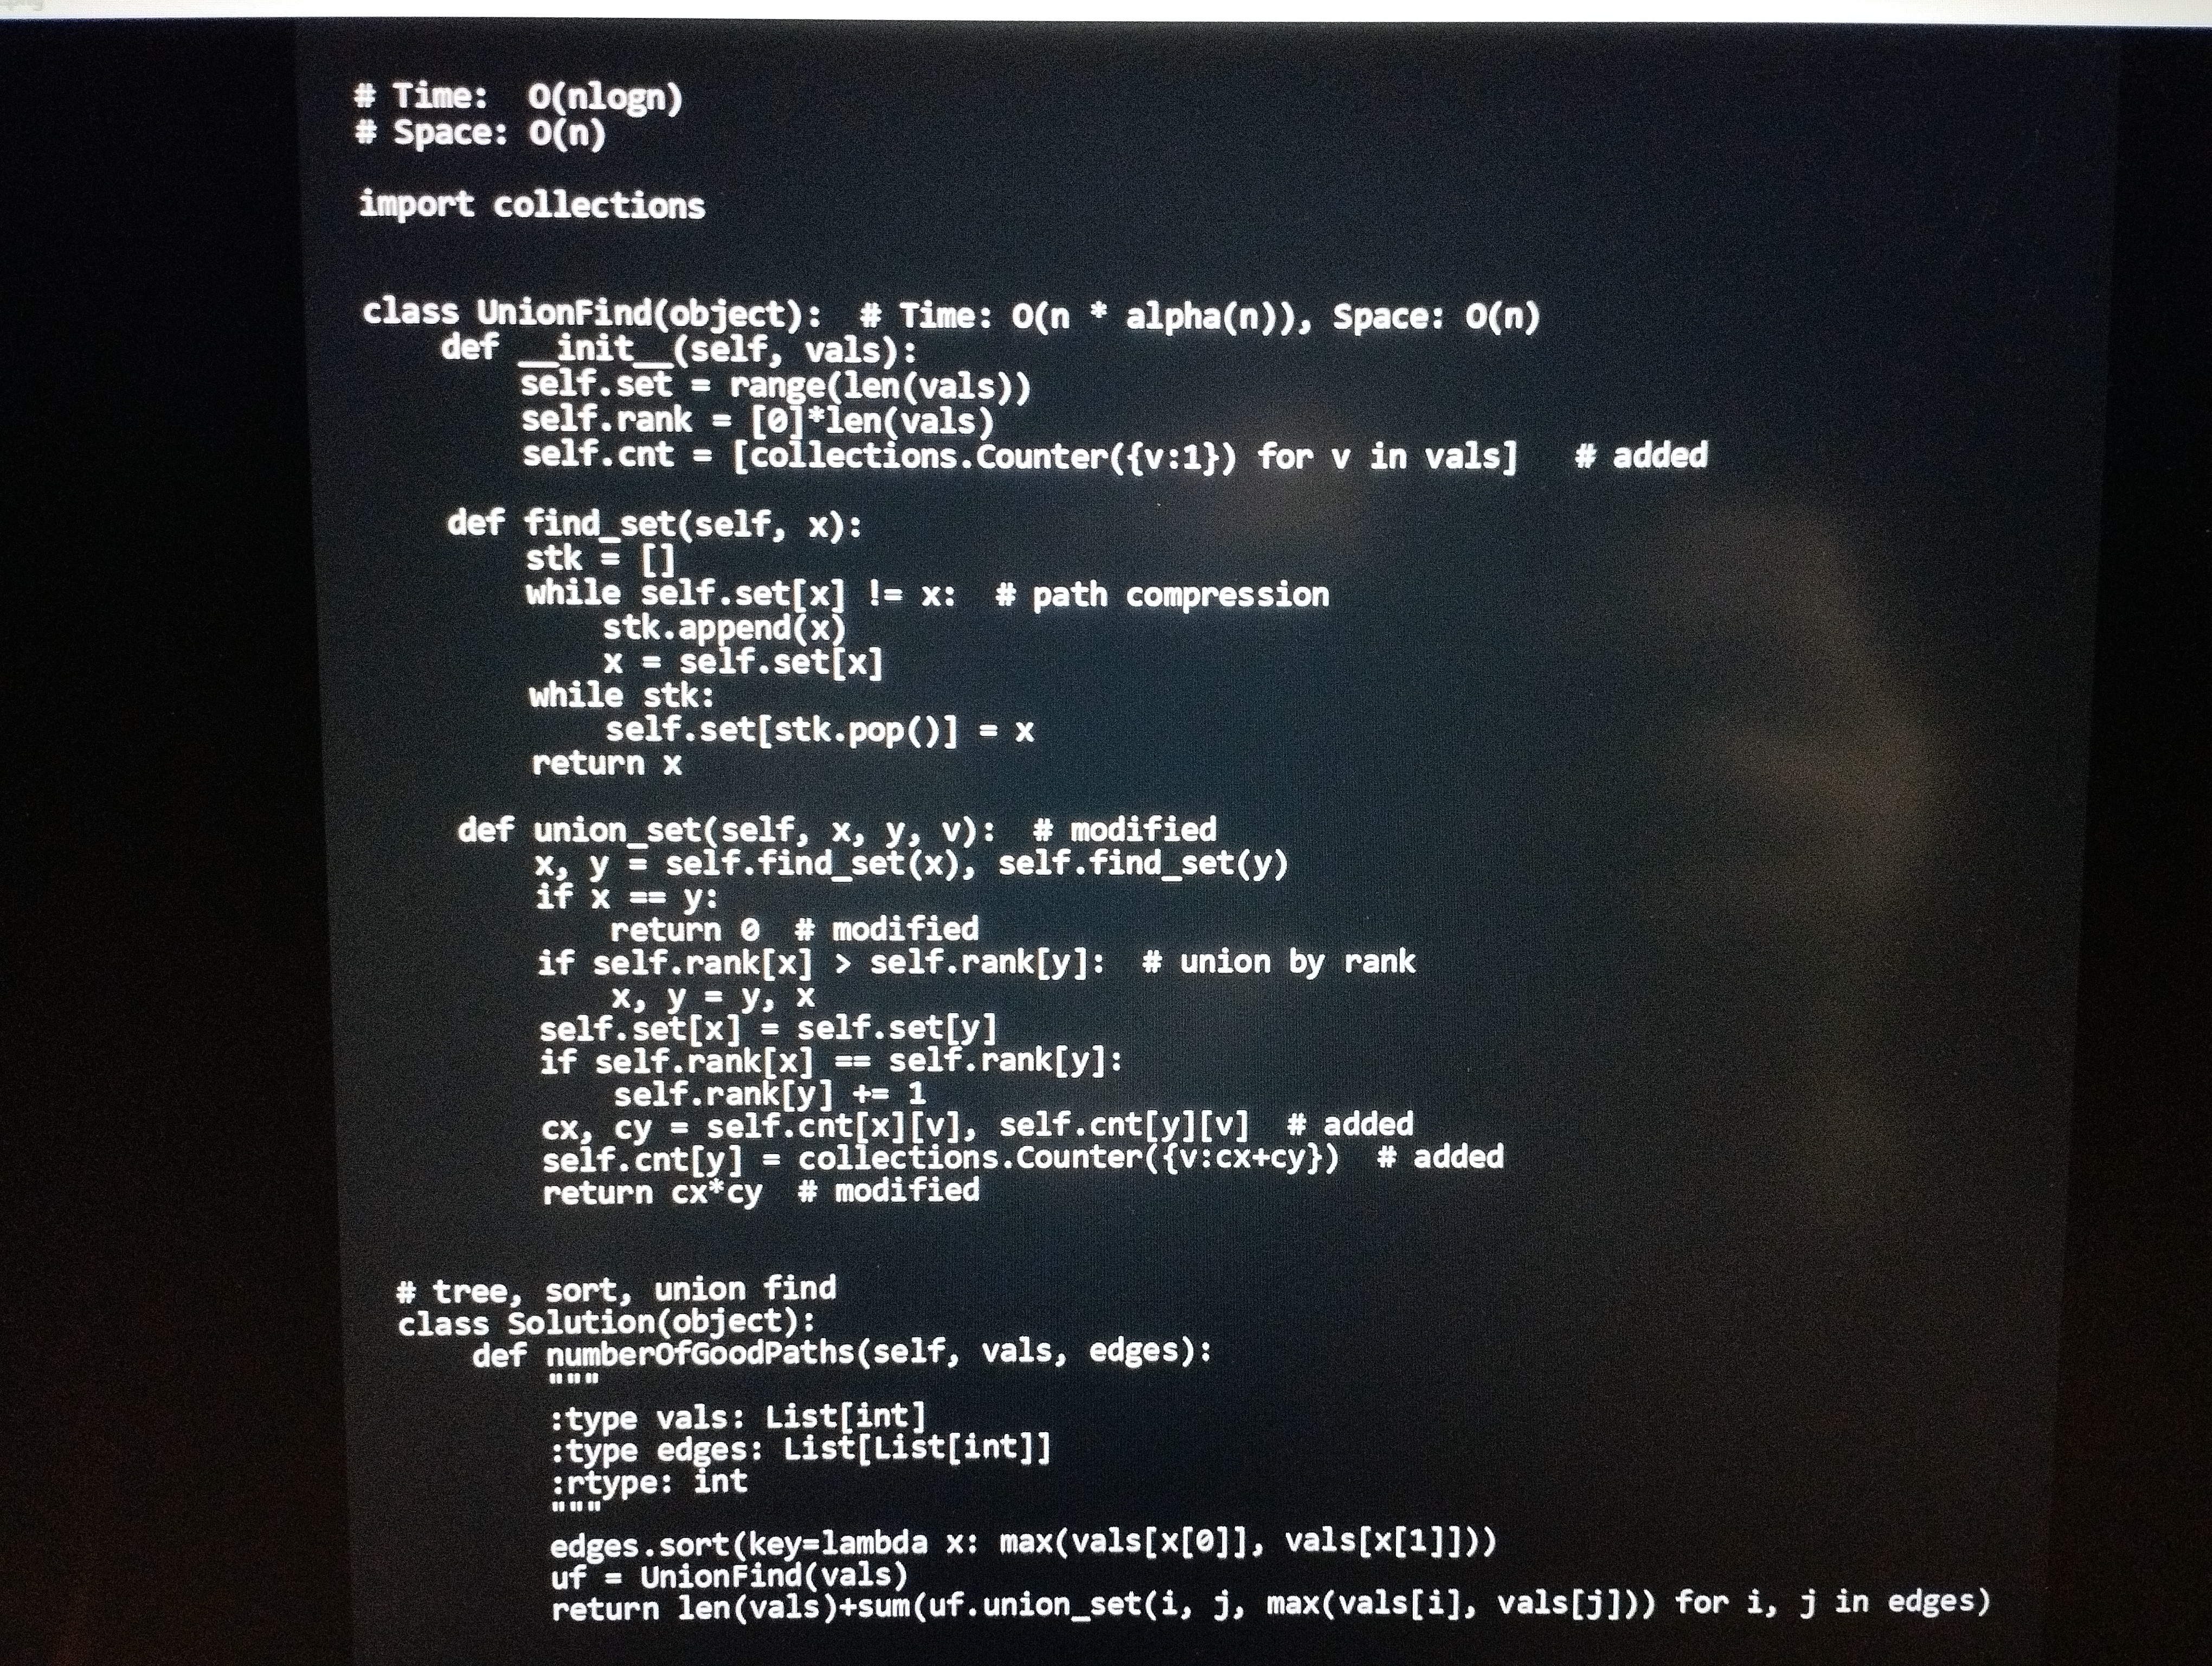
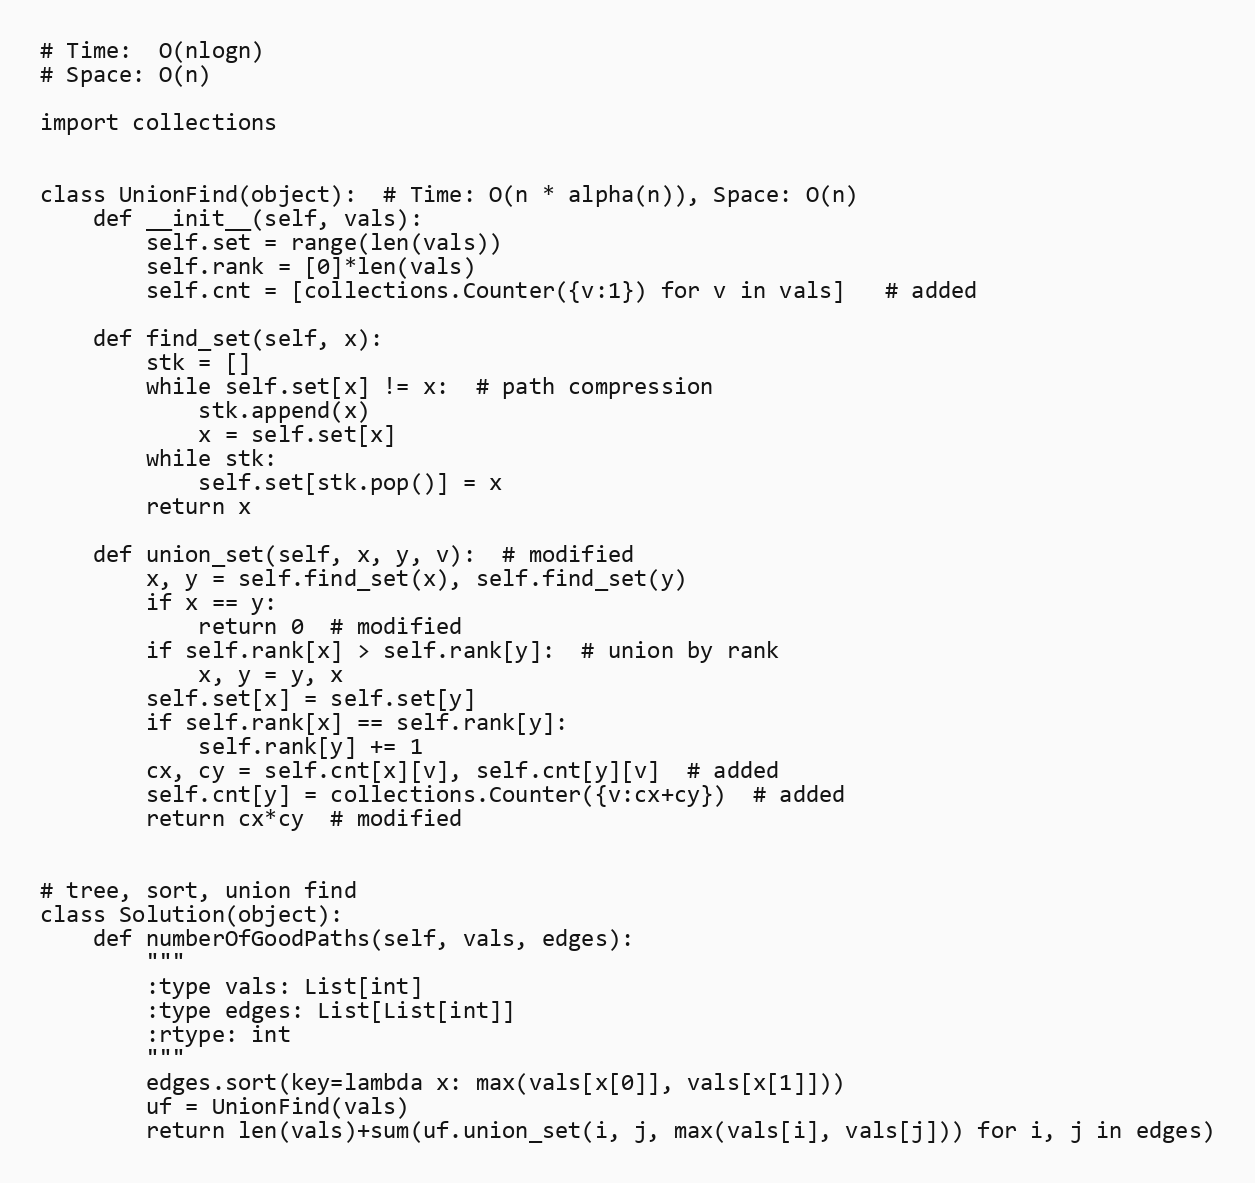
# Time:  O(nlogn)
# Space: O(n)

import collections

class UnionFind(object):  # Time: O(n * alpha(n)), Space: O(n)
    def __init__(self, vals):
        self.set = range(len(vals))
        self.rank = [0]*len(vals)
        self.cnt = [collections.Counter({v:1}) for v in vals]   # added

    def find_set(self, x):
        stk = []
        while self.set[x] != x:  # path compression
            stk.append(x)
            x = self.set[x]
        while stk:
            self.set[stk.pop()] = x
        return x

    def union_set(self, x, y, v):  # modified
        x, y = self.find_set(x), self.find_set(y)
        if x == y:
            return 0  # modified
        if self.rank[x] > self.rank[y]:  # union by rank
            x, y = y, x
        self.set[x] = self.set[y]
        if self.rank[x] == self.rank[y]:
            self.rank[y] += 1
        cx, cy = self.cnt[x][v], self.cnt[y][v]  # added
        self.cnt[y] = collections.Counter({v:cx+cy})  # added
        return cx*cy  # modified

# tree, sort, union find
class Solution(object):
    def numberOfGoodPaths(self, vals, edges):
        """
        :type vals: List[int]
        :type edges: List[List[int]]
        :rtype: int
        """
        edges.sort(key=lambda x: max(vals[x[0]], vals[x[1]]))
        uf = UnionFind(vals)
        return len(vals)+sum(uf.union_set(i, j, max(vals[i], vals[j])) for i, j in edges)